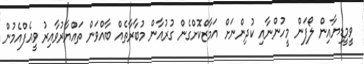
ވީމީޑިޔާއިން ލޯފަން މީހުންނާއި ކުދިންނަށް އަމާޒްކޮށްގެން ގުރުއާން މުބާރާތެއް ބާއްވަން ތައްޔާރުވާއިރު ވީއެފްއެމުން